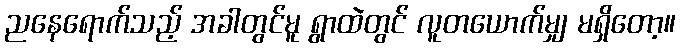
ညနေရောက်သည့် အခါတွင်မူ ရွာထဲတွင် လူတယောက်မျှ မရှိတော့။